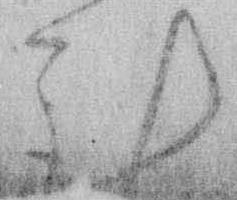
計